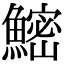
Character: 𬵨